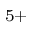
^ { 5 + }